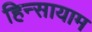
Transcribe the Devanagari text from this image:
हिन्सायाम